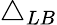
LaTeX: \triangle_{LB}